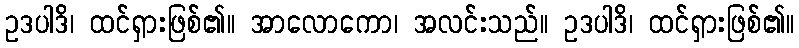
ဥဒပါဒိ၊ ထင်ရှားဖြစ်၏။ အာလောကော၊ အလင်းသည်။ ဥဒပါဒိ၊ ထင်ရှားဖြစ်၏။